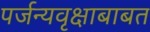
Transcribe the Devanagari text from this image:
पर्जन्यवृक्षाबाबत